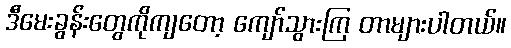
ဒီမေးခွန်းတွေကိုကျတော့ ကျော်သွားကြ တာများပါတယ်။